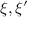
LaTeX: \xi , \xi ^ { \prime }